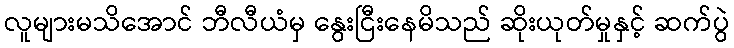
လူများမသိအောင် ဘီလီယံမှ နွေးငြီးနေမိသည် ဆိုးယုတ်မှုနှင့် ဆက်ပွဲ